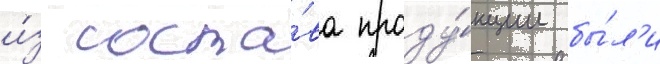
и́з соста́ва проду́кции бы́л'и